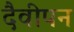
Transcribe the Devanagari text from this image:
दैवीपन